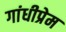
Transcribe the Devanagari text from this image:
गांधीप्रेम